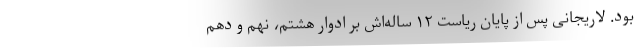
بود. لاریجانی پس از پایان ریاست ۱۲ ساله‌اش بر ادوار هشتم، نهم و دهم